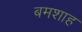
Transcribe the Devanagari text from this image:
बमशाह